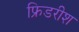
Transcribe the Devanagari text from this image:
फ्रिडरीश